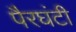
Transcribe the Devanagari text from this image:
पैरघंटी